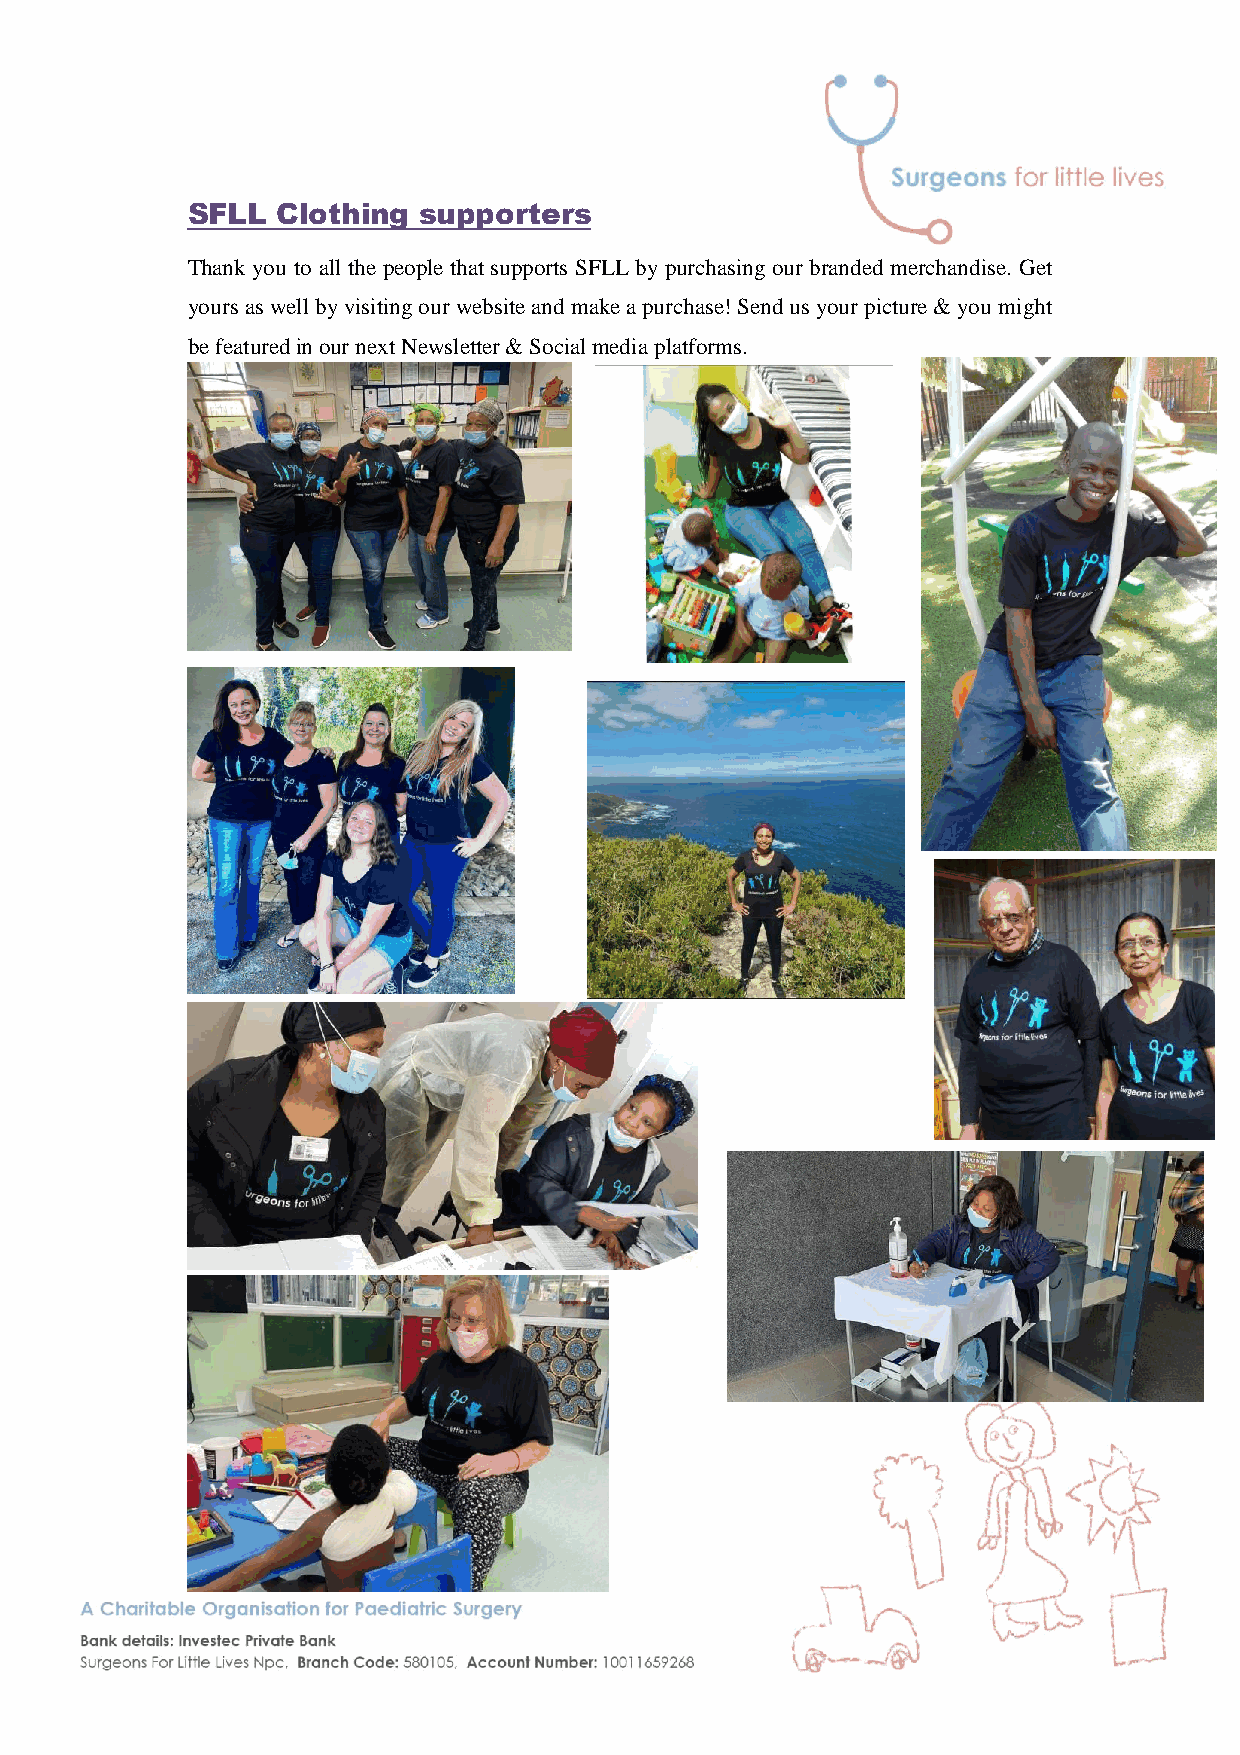
SFLL  Clothing  supporters
 Thank you to all the people that supports SFLL by purchasing our branded merchandise. Get
 yours as well by visiting our website and make a purchase! Send us your picture & you might
 be featured in our next Newsletter & Social media platforms.